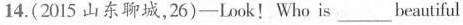
14.(2015 山东聊城，26)—Look! Who is ___ beautiful